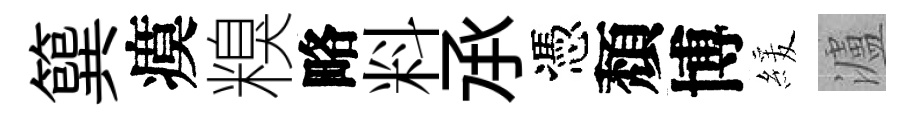
簨瘼糗略料𠄘憑頽博緩瀘